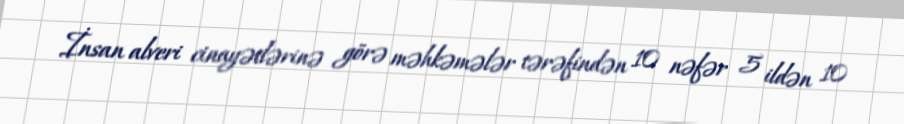
İnsan alveri cinayətlərinə görə məhkəmələr tərəfindən 10 nəfər 5 ildən 10